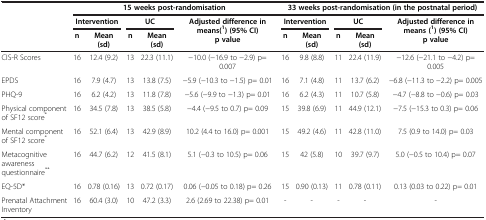
<table><thead><tr><td><b> </b></td><td colspan="5"><b>15 weeks post-randomisation</b></td><td colspan="5"><b>33 weeks post-randomisation (in the postnatal period)</b></td></tr></thead><tbody><tr><td> </td><td colspan="2"><b>Intervention</b></td><td colspan="2"><b>UC</b></td><td rowspan="2"><b>Adjusted difference in means(</b><sup><b>1</b></sup><b>) (95% CI) p value</b></td><td colspan="2"><b>Intervention</b></td><td colspan="2"><b>UC</b></td><td rowspan="2"><b>Adjusted difference in means </b><b>(</b><sup><b>1</b></sup><b>) </b><b>(95% CI) p value</b></td></tr><tr><td> </td><td><b>n</b></td><td><b>Mean (sd)</b></td><td><b>n</b></td><td><b>Mean (sd)</b></td><td><b>n</b></td><td><b>Mean (sd)</b></td><td><b>n</b></td><td><b>Mean (sd)</b></td></tr><tr><td>CIS-R Scores</td><td>16</td><td>12.4 (9.2)</td><td>13</td><td>22.3 (11.1)</td><td>−10.0 (−16.9 to −2.9) p= 0.007</td><td>16</td><td>9.8 (8.8)</td><td>11</td><td>22.4 (11.9)</td><td>−12.6 (−21.1 to −4.2) p= 0.005</td></tr><tr><td>EPDS</td><td>16</td><td>7.9 (4.7)</td><td>13</td><td>13.8 (7.5)</td><td>−5.9 (−10.3 to −1.5) p= 0.01</td><td>16</td><td>7.1 (4.8)</td><td>11</td><td>13.7 (6.2)</td><td>−6.8 (−11.3 to −2.2) p= 0.005</td></tr><tr><td>PHQ-9</td><td>16</td><td>6.2 (4.2)</td><td>13</td><td>11.8 (7.8)</td><td>−5.6 (−9.9 to −1.3) p= 0.01</td><td>16</td><td>6.2 (4.3)</td><td>11</td><td>10.7 (5.8)</td><td>−4.7 (−8.8 to −0.6) p= 0.03</td></tr><tr><td>Physical component of SF12 score<sup>*</sup></td><td>16</td><td>34.5 (7.8)</td><td>13</td><td>38.5 (5.8)</td><td>−4.4 (−9.5 to 0.7) p= 0.09</td><td>15</td><td>39.8 (6.9)</td><td>11</td><td>44.9 (12.1)</td><td>−7.5 (−15.3 to 0.3) p= 0.06</td></tr><tr><td>Mental component of SF12 score<sup>*</sup></td><td>16</td><td>52.1 (6.4)</td><td>13</td><td>42.9 (8.9)</td><td>10.2 (4.4 to 16.0) p= 0.001</td><td>15</td><td>49.2 (4.6)</td><td>11</td><td>42.8 (11.0)</td><td>7.5 (0.9 to 14.0) p= 0.03</td></tr><tr><td>Metacognitive awareness questionnaire<sup>**</sup></td><td>16</td><td>44.7 (6.2)</td><td>12</td><td>41.5 (8.1)</td><td>5.1 (−0.3 to 10.5) p= 0.06</td><td>15</td><td>42 (5.8)</td><td>10</td><td>39.7 (9.7)</td><td>5.0 (−0.5 to 10.4) p= 0.07</td></tr><tr><td>EQ-5D*</td><td>16</td><td>0.78 (0.16)</td><td>13</td><td>0.72 (0.17)</td><td>0.06 (−0.05 to 0.18) p= 0.26</td><td>15</td><td>0.90 (0.13)</td><td>11</td><td>0.78 (0.11)</td><td>0.13 (0.03 to 0.22) p= 0.01</td></tr><tr><td>Prenatal Attachment Inventory</td><td>16</td><td>60.4 (3.0)</td><td>10</td><td>47.2 (3.3)</td><td>2.6 (2.69 to 22.38) p= 0.01</td><td>-</td><td>-</td><td>-</td><td>-</td><td>-</td></tr></tbody></table>